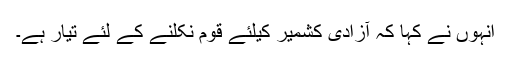
انہوں نے کہا کہ آزادی کشمیر کیلئے قوم نکلنے کے لئے تیار ہے۔